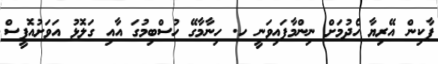
ޕާކިން އޭރިޔާ ހެދުމަށް ނިންމާފައިވަނީ ހ. ހިނާމާގޭ ހުސްބިމުގަ އާއި ގަލޮޅު އަވަށުއޮފީސް